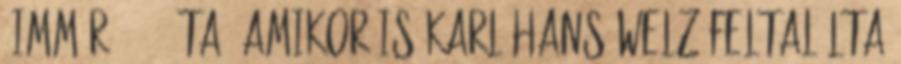
-immár 1992 óta, amikor is Karl Hans Welz feltalálta